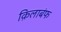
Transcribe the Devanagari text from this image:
क़िलाबंफ